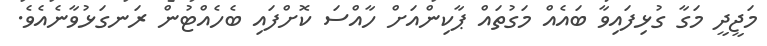
މަޖީދީ މަގާ ގުޅިފައިވާ ބައެއް މަގުތައް ޕާކިންއަށް ހާއްސަ ކޮށްފައި ބެހެއްޓުން ރަނގަޅުވާނެއެވެ.